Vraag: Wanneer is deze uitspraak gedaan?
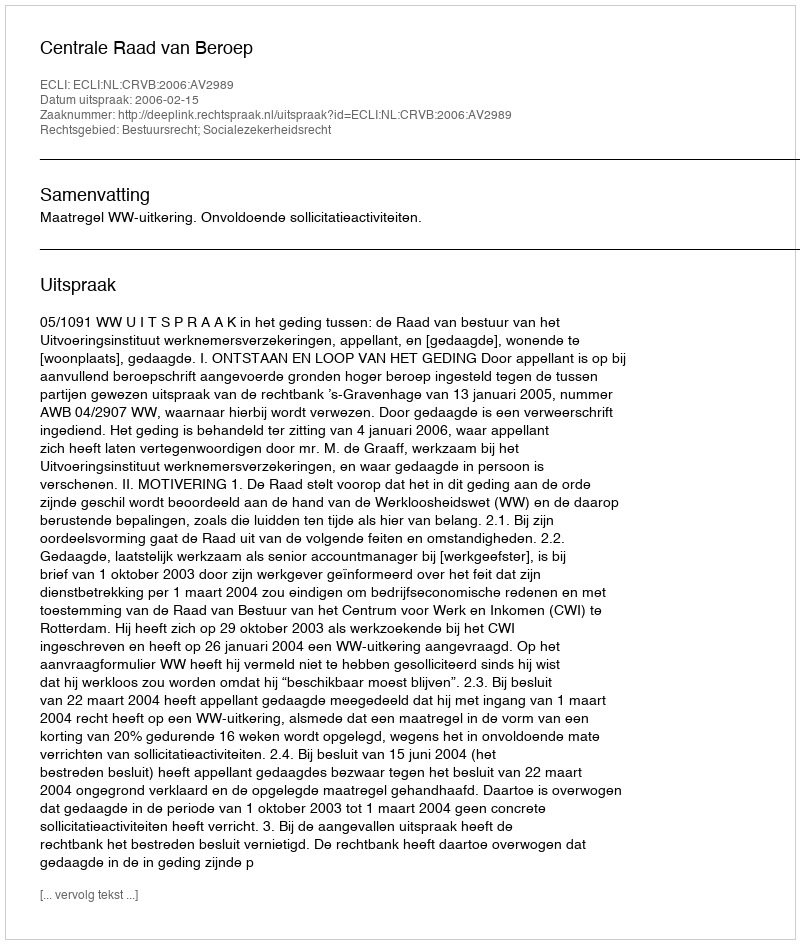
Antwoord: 2006-02-15